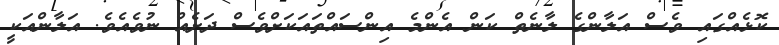
ކޮޅެއްގައި ވެސް އަލާންގެ ލާނެތް ކަން އެންމެ އިންސައްތައަކަށްވެސް ދަށެއް ނުވެއެވެ. އަލާންއަކީ